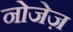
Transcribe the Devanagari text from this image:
नोजेज़